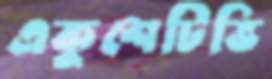
একুশেটিভি